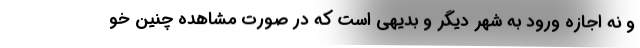
و نه اجازه ورود به شهر دیگر و بدیهی است که در صورت مشاهده چنین خو